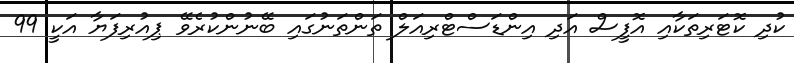
ކުދި ކޮޓަރިތަކާއި އޮފީސް އަދި އިންޑަސްޓްރިއަލް ތަންތަނުގައި ބޭނުންކުރެވޭ ޕިއުރިފަޔާ އަކީ 99